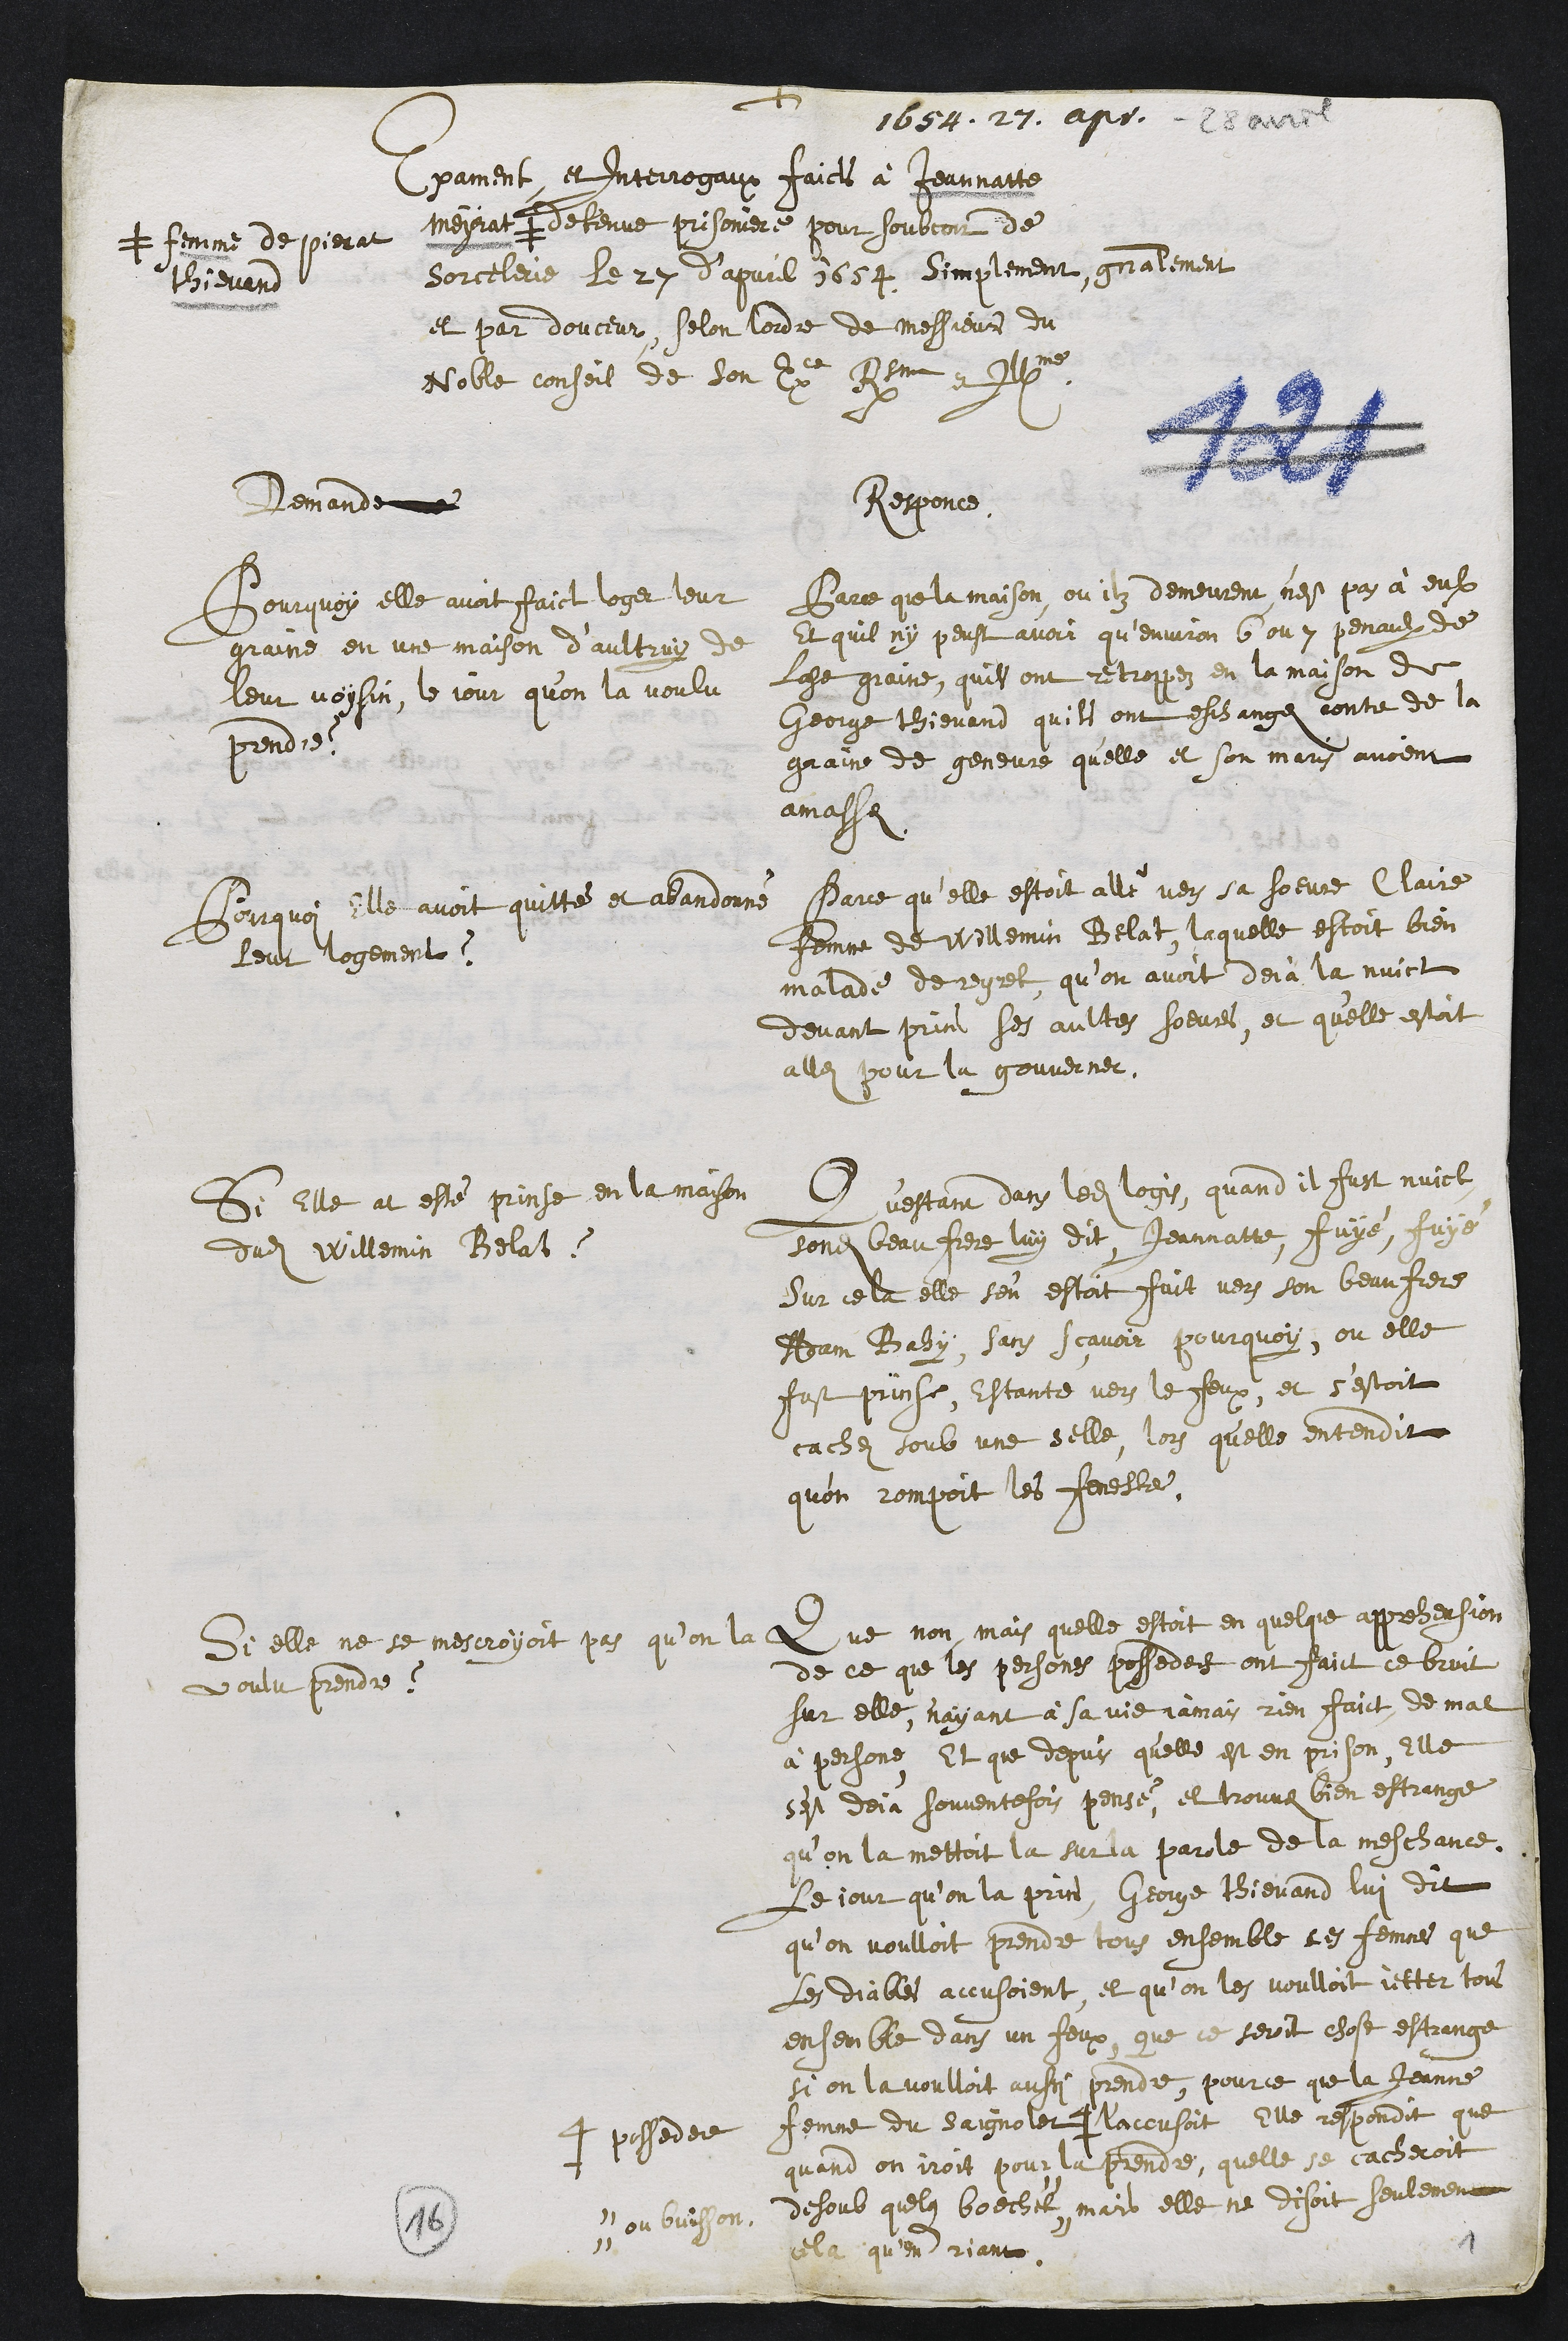
+
1654. 27. apr -28 avril
Exament et interrogaux faicts à Jeannatte
meyrat #
# femme de Pierat
thievand
detenue prisoniere pour soubcon de
sorcelerie Le 27 d'apvril 1654 Simplement, generalement
et par douceur, selon lordre de messieurs du
Noble conseil de son Exce Rsme et Illme
Demande
Pourquoy elle avoit faict loger leur
graine en une maison d’aultruy de
leur voysin, le jour qu'on la voulu
prendre ?
Responce
Parce que la maison, ou ilz demeurent n’est pas à eulx
Et quil ny peust avoir qu'environ 6 ou 7 penaulx de
ladite graine, quils ont retroppez en la maison de
George thievand quils ont eschange contre de la
graine de geneure quelle et son maris avoient
amasse.
Pourquoi elle avoit quitté et abandonné
leur logement ?
Parce qu'elle estoit allé vers sa soeure Claire
femme de Willemin Belat, laquelle estoit bien
malade de regret, qu’on avoit dejà la nuict
devant prins ses aultres soeures, et qu'elle estoit
allez pour la gouverner.
Si Elle at esté prinse en la maison
dudit Willemin Belat ?
Qu'estant dans ledit logis, quand il fust nuict
sondit beau frere luy dit Jeannatte, fuyé, fuyé
Sur cela elle s'en estoit fuit vers son beaufrere
Adam Bahy, sans scavoir pourquoy, ou elle
fust prinse, estante vers le feux, et s’estoit
cachez soub une selle, lors qu'elle entendit
qu'on rompoit les fenestes.
Si elle ne se mescroyoit pas qu’on la
voulu prendre ?
Que non, mais quelle estoit en quelque apprehension
de ce que les persones possedees ont faict ce bruit
sur elle, n'ayant à sa vie jamais rien faict de mal
à persone, Et que depuis qu'elle est en prison, elle
s'est deja souventefois pensé, et trouvez bien estrange
qu’on la mettoit la sur la parole de la meschance.
Le jour qu’on la prins, George Thievand lui dit
qu’on voulloit prendre tous ensemble ces femmes que
les diables accusoient, et qu’on les voulloit jetter tous
ensemble dans un feux, que ce seroit chose estrange
si on la voulloit aussi prendre, pour ce que la Jeanne
femme du Saignolet #
# possedee
l'accusoit Elle respondit que
quand on iroit pour la prendre, quelle se cacheroit
desoub quelque boechet #
# ou buisson.
mais elle ne disoit seulement
cela qu'en riant
1